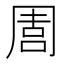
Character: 𠵁